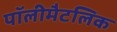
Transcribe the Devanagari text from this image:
पॉलीमैटलिक